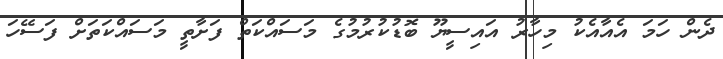
ދެން ހަމަ އެއާއެކު މިހާރު އައިސީޔޫ ބޮޑުކުރުމުގެ މަސައްކަތް ފަށާތީ މަސައްކަތަށް ފަސޭހަ